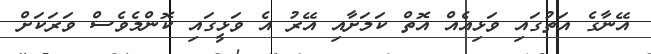
އޭނާގެ އަތުގައި ވަޅިއެއް އޮތް ކަމަށާއި އޭރު އެ ވަޅީގައި ކޮންމެވެސް ވަރަކަށް